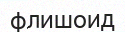
флишоид